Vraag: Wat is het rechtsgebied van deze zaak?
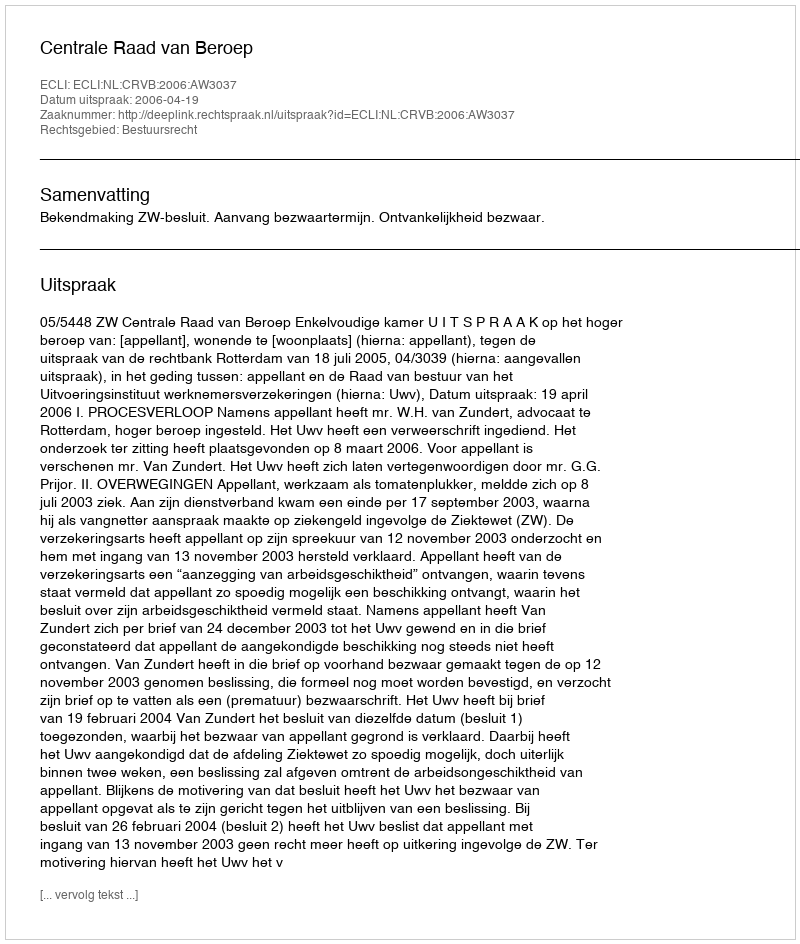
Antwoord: Bestuursrecht